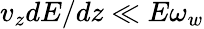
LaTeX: v_{z}dE/dz\ll E\omega_{w}